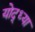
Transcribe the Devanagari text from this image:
योद्ध्या